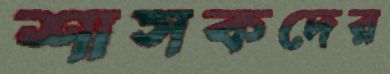
শাসকদের